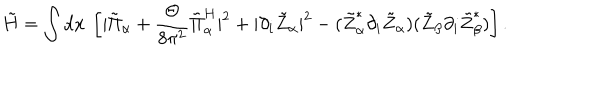
\tilde { H } = \int \mathrm { d } x ~ \left[ | \tilde { \Pi } _ { \alpha } + \frac { \Theta } { 8 \pi ^ { 2 } } \tilde { \Pi } _ { \alpha } ^ { H } | ^ { 2 } + | \partial _ { i } \tilde { Z } _ { \alpha } | ^ { 2 } - ( \tilde { Z } _ { \alpha } ^ { * } \partial _ { i } \tilde { Z } _ { \alpha } ) ( \tilde { Z } _ { \beta } \partial _ { i } \tilde { Z } _ { \beta } ^ { * } ) \right] .